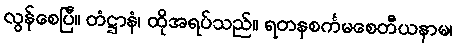
လွန်စေပြီ။ တံဋ္ဌာနံ၊ ထိုအရပ်သည်။ ရတနစင်္ကမစေတီယနာမ၊